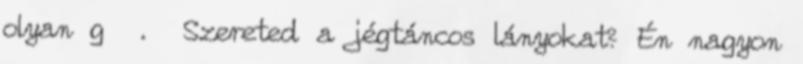
olyan g . Szereted a jégtáncos lányokat? Én nagyon